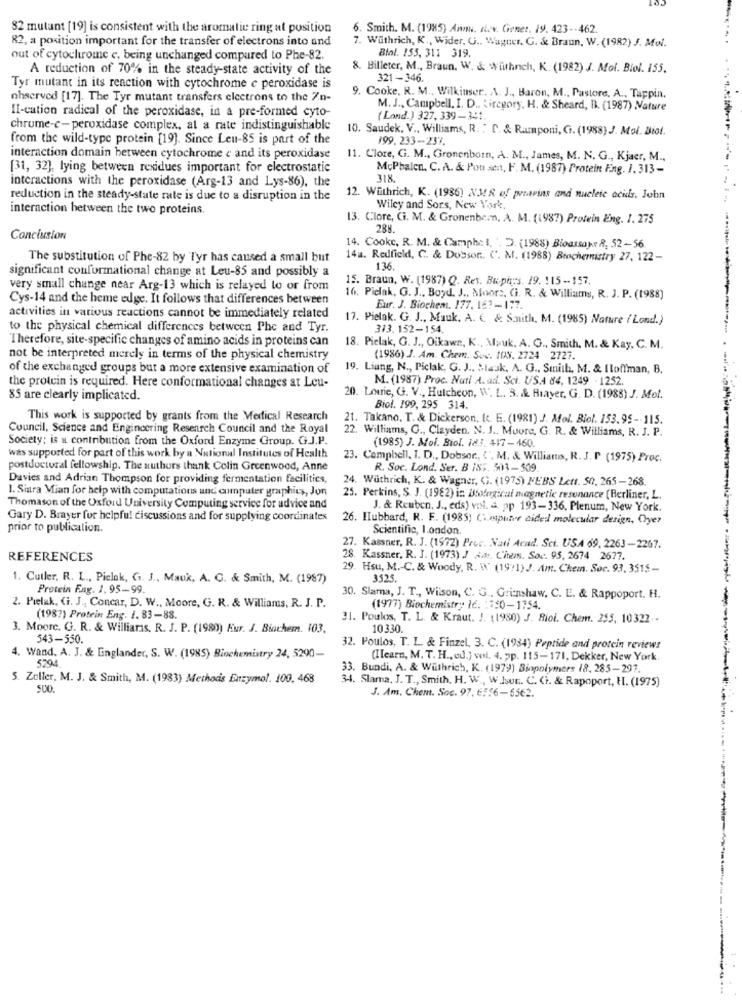
32 mutant [19] is consistent with the aromatic ring al position
6. Smith. M. (1985) Anni. It.v. Gener. 19. 423 -- 462.
82, a position important for the transfer of electrons into and
7. Withrich, K ., Wider, G .. Wagner. G. & Braun, W. (1982) J. Moi.
out of cytochrome c, being unchanged compared to Phe-82.
Biał. 155, 311 319.
A reduction of 70% in the steady-state activity of the
8. Billeter, M ., Braun. W. & Withnich, K. (1982) J. Mol. Biol. 155.
321-346.
Tyr mutant in its reaction with cytochrome c peroxidase is
ohserved [17]. The Tyr mutant transfers electrons to the Zn-
9. Cooke. R. M ., Wilkinser. A. J ., Baron, M ., Pastore, A ., Tappin.
II-cation radical of the peroxidase, in a pre-formed cyto-
M. J ., Campbell, I. D .. Liregory. H. & Sheard, B. (1987) Nature
(Land.) 327, 339-341.
chrome-c-peroxidase complex, at a rate indistinguishable
10. Saudek, V ., Williams, R. : C. & Ramponi, Gi. (1988) J. Moi. Biol.
from the wild-type protein [19]. Since Leu-85 is part of the
199. 233-237.
interaction domain between cytochrome e and its peroxidase
11. Clore, G. M ., Gronenborn, A. M ., James, M. N. G ., Kjaer, M .,
[31, 32], lying between residues important for electrostatic
McPhalen. C. A. & Pou sen, F. M. (1987) Protein Fing. 1. 313-
interactions with the peroxidase (Arg-13 and Lys-86), the
318.
reduction in the steady-state rate is due to a disruption in the
12. Withrich, K. (1986) NMR of preavins and nuclete acids, Jobn
interaction between the two proteins.
Wiley and Sors, New York.
13. Clore, Ci. M. & Gronenbern, A. M. (1987) Protein Eng. 1. 275
288.
Conclusion
14. Cookc. R. M. & Camphe I. '. D. (1988) Bioassapr 8, 52-56.
The substitution of Phe-82 by Tyr has caused a small but
14a. Redfield, C. & Dobson. C. M. (1988) Brachemistry 27, 122-
significant conformational change at Leu-85 and possibly a
136
15. Braun, W. (1987) Q. Rev. Bicphys. 19. 115 -- 157.
very small change near Arg-13 which is relayed to or from
Cys-14 and the heme edge. It follows that differences between
16. Piclak, G. J ., Boyd. J ., Moors, Ci. R. & Williams, R. J. P. (1988)
Eur. J. Biochem. 177, 167-1:7.
activities in various reactions cannot be immediately related
17. Pielak. G. J ., Mauk. A. C & S.nith, M. (1985) Nature ( Lond.)
to the physical chemical differences between Phe and Tyr.
313. 152-154.
Therefore, site-specific changes of amino acids in proteins can
18. Pielak, G. J ., Oikawn, K ., Mauk, A. G ., Smith. M. & Kay, C. M.
not be interpreted merely in terms of the physical chemistry
(1986) J. Am. Chem. Soc. IUS. 2724 2727.
of the exchanged groups but a more extensive examination of
19. Liang, N ., Piclak, G. J .. Stauk, A. G ., Smith, M. & Iloffman, B.
M. (1987) Proc. Nuri A. ad. Sci. US.A 84, 1249 - 1252.
the protein is required. Here conformational changes at Leu-
85 are clearly implicated.
20. Louie, G. V ., Hulcheon, W. L. B. & Bayer, G. D. (1988) J. Mol.
Biol. 199, 295 314.
This work is supported by grants from the Medical Research
21. Takano, T. & Dickerson, Ic. E. (1981) J. Mol. Biel. 153.95 -- 115.
Council, Science and Engineering Research Council and the Royal
22. Williams, C ., Clayden, N. J ., Muore, G. R. & Williams, R. J. P.
Society: is a contribution from the Oxford Enzyme Group. GJ.P.
(1985) J. Mol. Biol. 18.1. 417-460.
was supported for part of this work by a National Institutes of Health
23. Campbell, I. D ., Dobsor ., {", M. & Williams, R. J. P (1975) Proc.
postdoctoral fellowship. The authors thank Colin Greenwood, Anne
R. Soc. Lond. Ser. B IS5. 503-509
Davies and Adrian Thompson for providing fermentation facilities,
24. Wuthrich, K. & Wagner, G. (1979) FEBS Lett. 50, 265-268.
1. Siara Mian for help with computations and computer graphics, Jon
25. Perkins, S. J. (1982) in. Biological magnetic resonance (Berliner, L.
Thomason of the Oxford University Computing service for advice and
J. & Reuben, J ., eds) vol. a. pp 193-336, Plenum, New York.
Gary D. Brayer for helpfu! discussions and for supplying coordinates
26. Hubbard, R. F. (1985) Computer aidedl molecular design, Oyer
prior to publication.
Scientific, london.
27. Kassner, R. J. (1972) Proc. Nati Acad. Sci. USA 69, 2263-2267.
REFERENCES
28. Kassner, R. J. (1973) J 44 :, C'items. Soc. 95, 2674 2677.
29. Hsu, M .- C. & Woody, R. W (19:1) J. Am. Chem. Soc. 93. 3515-
1. Cutler, R. L ., Piclak, G. J ., Mauk, A. C. & Smith, M. (1987)
3525.
Protein Eng. 1. 95-99.
30. Slama, J. T ., Wilson, C. G ., Grimshaw, C. E. & Rappoport. H.
2. Pielak, Ci. J ., Concar, D. W ., Moore, G. R. & Williams, R. J. P.
(1977) Biochemistry Ić. : 750-1754.
(198?) Protein Eng. 1. 83-88.
31. Poulos, T. L. & Kraut. J. (1980) J. Biol. Chem. 255, 10322-
3. Moorc. G. R. & Williaras. R. J. P. (1980) Eur. J. Biochem. 103.
10330.
543-550.
32. Poulos, T. L. & Finzel, 3. C. (1934) Peptide and protein reviews
. Wand, A. J. & Englander, S. W. (1985) Biochemistry 24, 5290-
5294
(Ilearn, M. T. H ., ed.) vol. 4. pp. 115-171, Dekker, New York.
33. Bundi, A. & Withrich, K. (1979) Biopolymers 18, 285-297.
5. Zeller, M. J. & Smith, M. (1983) Methodis Enzymol. 100, 468
34. Slama. J. T ., Smith, H. W ., W.Jour. C. Ci. & Rapoport, H. (1975)
500
J. Am. Chem. Soc. 97. €556-55€2.